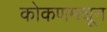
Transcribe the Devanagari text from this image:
कोकणमधून